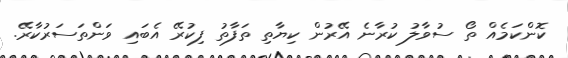
ކޮންކަމެއް ތޯ ސުވާލު ކުރާނެ އޭރުން ކިޔާތި ތަފާތު ފިކުރޭ އެބައި ވަންތަސަރުކާރޭ.